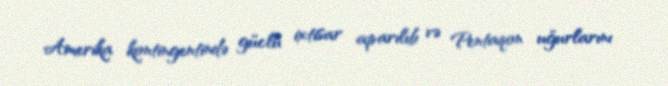
Amerika kontingentində güclü ixtisar aparılıb və Pentaqon uğurlarını